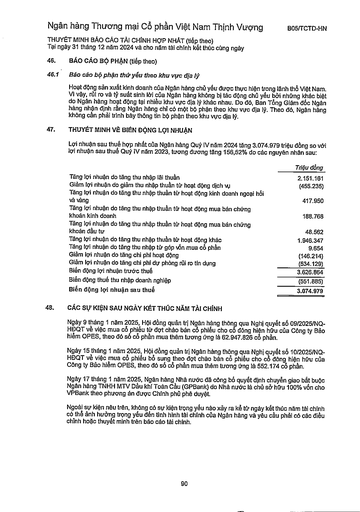
||Triệu đồng| |---|---| |Tăng lợi nhuận do tăng thu nhập lãi thuần|2.151.161| |Giảm lợi nhuận do giảm thu nhập thuần từ hoạt động dịch vụ|(455.235)| |Tăng lợi nhuận do tăng thu nhập thuần từ hoạt động kinh doanh ngoại hối và vàng|417.950| |Tăng lợi nhuận do tăng thu nhập thuần từ hoạt động mua bán chứng khoán kinh doanh|188.768| |Tăng lợi nhuận do tăng thu nhập thuần từ hoạt động mua bán chứng khoán đầu tư|48.562| |Tăng lợi nhuận do tăng thu nhập thuần từ hoạt động khác|1.946.347| |Tăng lợi nhuận do tăng thu nhập từ góp vốn mua cổ phần|9.654| |Giảm lợi nhuận do tăng chi phí hoạt động|(146.214)| |Giảm lợi nhuận do tăng chi phí dự phòng rủi ro tín dụng|(534.129)| |Biến động lợi nhuận trước thuế|3.626.864| |Biến động thuế thu nhập doanh nghiệp|(551.885)| |Biến động lợi nhuận sau thuế|3.074.979|